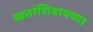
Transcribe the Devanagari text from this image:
खतांशिवायच्या